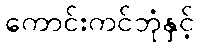
ကောင်းကင်ဘုံနှင့်